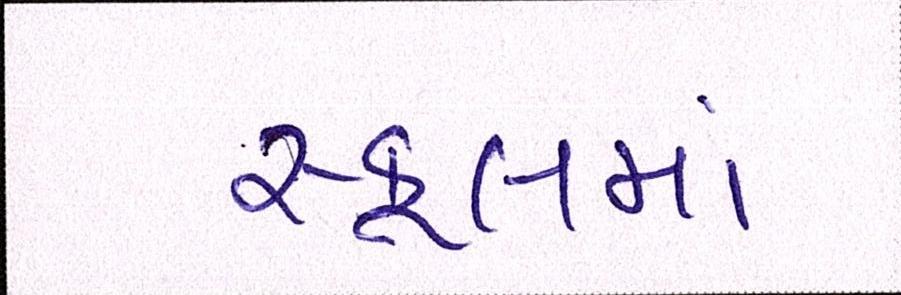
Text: સ્કૂલમાં